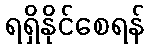
ရရှိနိုင်စေရန်